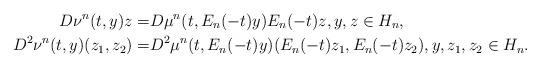
LaTeX: \begin{align*}D \nu^n (t,y) z = & D \mu^n(t, E_n(-t)y) E_n(-t) z, y, z \in H_n,\\ D^2 \nu^n (t, y) (z_1, z_2) = & D^2 \mu^n (t, E_n(-t)y )(E_n(-t) z_1, E_n(-t) z_2), y, z_1, z_2 \in H_n.\end{align*}